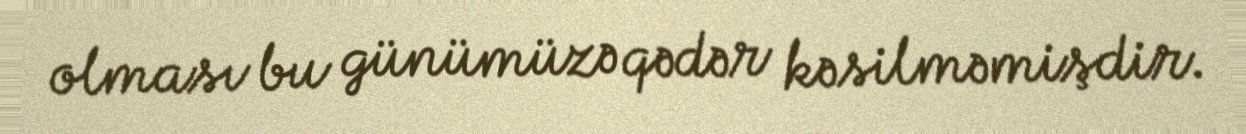
olması bu günümüzə qədər kəsilməmişdir.